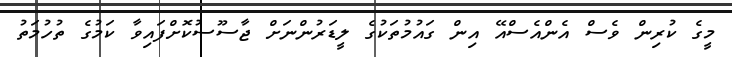
މީގެ ކުރިން ވެސް އެންއެސްއޭ އިން ގައުމުތަކުގެ ލީޑަރުންނަށް ޖާސޫސުކޮށްފައިވާ ކަމުގެ ތުހުމަތު